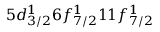
5 d _ { 3 / 2 } ^ { 1 } 6 f _ { 7 / 2 } ^ { 1 } 1 1 f _ { 7 / 2 } ^ { 1 }